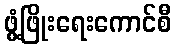
ဖွံ့ဖြိုးရေးကောင်စီ